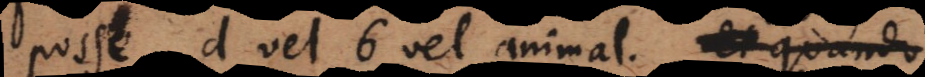
posse d vel 6 vel animal. (3)